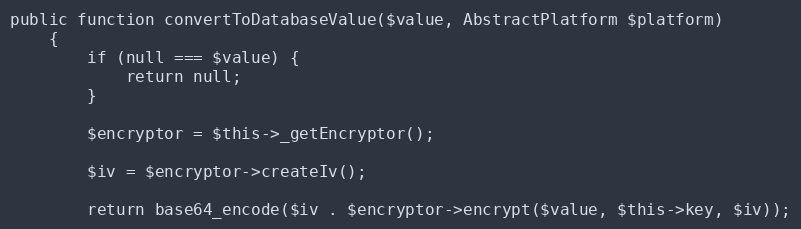
Language: PHP
public function convertToDatabaseValue($value, AbstractPlatform $platform)
    {
        if (null === $value) {
            return null;
        }

        $encryptor = $this->_getEncryptor();

        $iv = $encryptor->createIv();

        return base64_encode($iv . $encryptor->encrypt($value, $this->key, $iv));